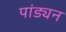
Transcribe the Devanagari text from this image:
पांड्यन